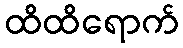
ထိထိရောက်